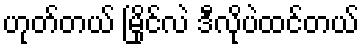
ဟုတ်တယ် မြိုင်လဲ ဒီလိုပဲထင်တယ်